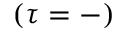
( \tau = - )